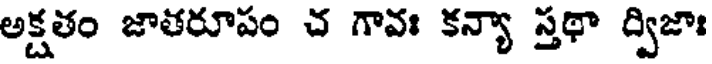
అక్షతం జాతరూపం చ గావః కన్యా స్తథా ద్విజాః